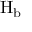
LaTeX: \operatorname { H } _ { \mathrm { b } }